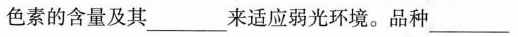
色素的含量及其___来适应弱光环境。品种___